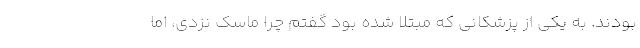
بودند. به یکی از پزشکانی که مبتلا شده بود گفتم چرا ماسک نزدی، اما